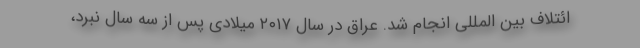
ائتلاف بین المللی انجام شد. عراق در سال ۲۰۱۷ میلادی پس از سه سال نبرد،